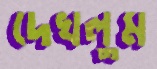
দেখলুম